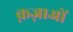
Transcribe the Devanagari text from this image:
क़ज़ाओं